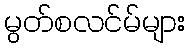
မွတ်စလင်မ်များ